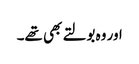
اور وہ بولتے بھی تھے۔